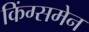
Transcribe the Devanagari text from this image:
किंग्समेन